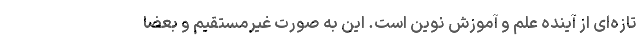
تازه‌ای از آینده علم و آموزش نوین است. این به صورت غیرمستقیم و بعضا